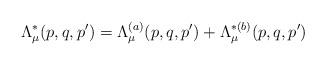
LaTeX: \begin{align*}\Lambda_{\mu}^{\ast}(p,q,p')=\Lambda^{(a)}_{\mu}(p,q,p')+\Lambda^{\ast(b)}_{\mu}(p,q,p')\end{align*}